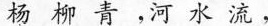
杨 柳 青 ， 河 水 流 ，